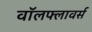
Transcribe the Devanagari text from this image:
वॉलफ्लावर्स